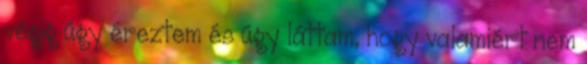
végig úgy éreztem és úgy láttam, hogy valamiért nem